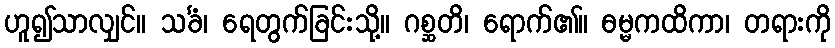
ဟူ၍သာလျှင်။ သင်္ခံ၊ ရေတွက်ခြင်းသို့။ ဂစ္ဆတိ၊ ရောက်၏။ ဓမ္မကထိကာ၊ တရားကို